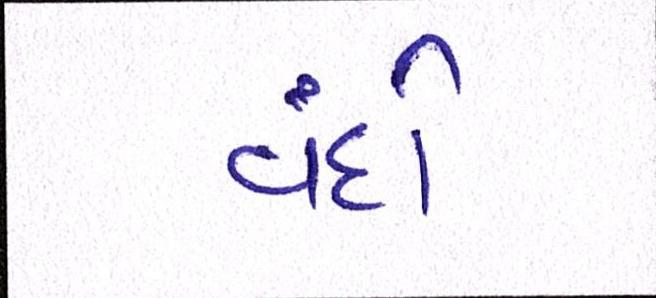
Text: વંદો